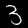
Label: 3